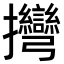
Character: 𢺯